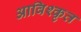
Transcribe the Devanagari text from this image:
आविश्कृत